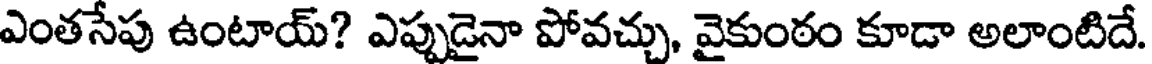
ఎంతసేపు ఉంటాయ్? ఎప్పుడైనా పోవచ్చు, వైకుంఠం కూడా అలాంటిదే